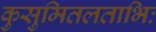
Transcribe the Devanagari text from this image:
कुसुमितलताभिः